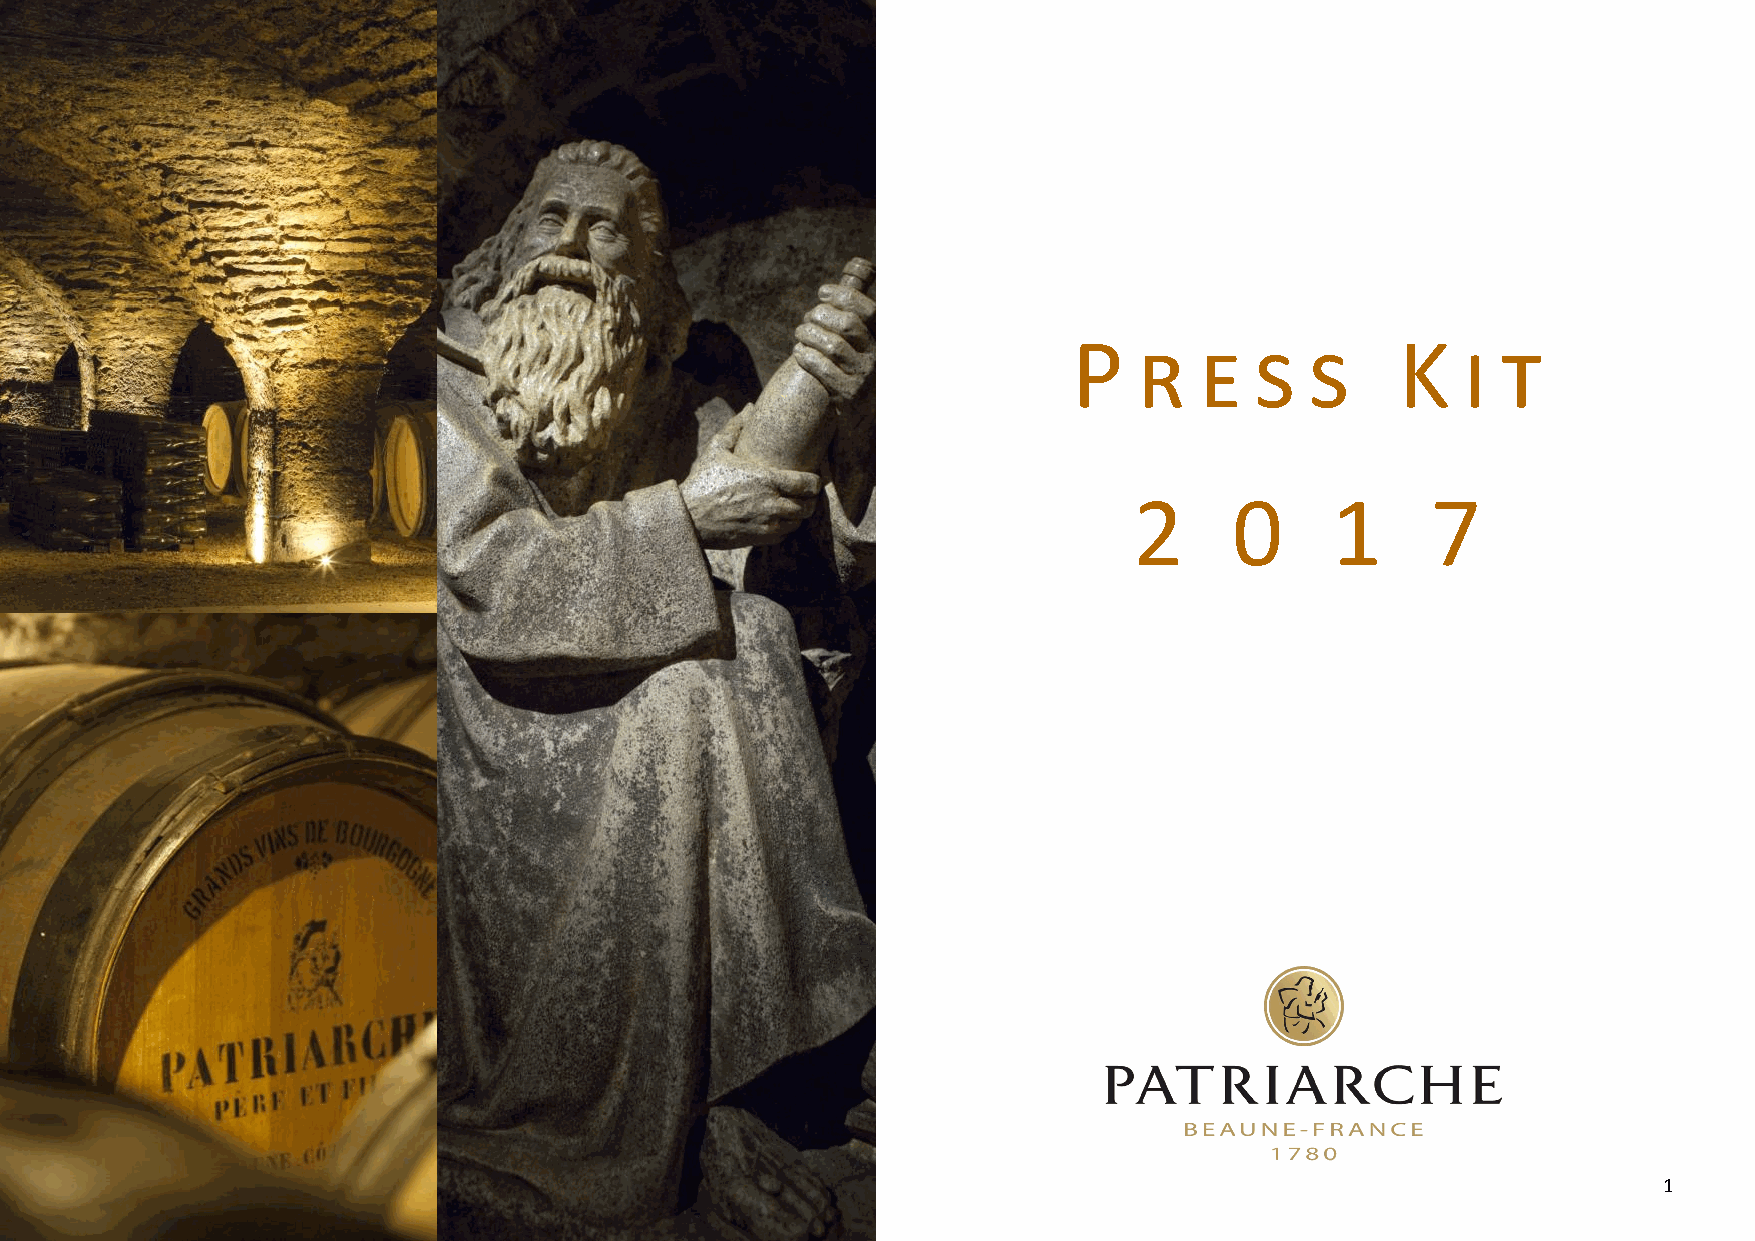
P   r   e   s   s     K   i t
 2      0     1      7
 1